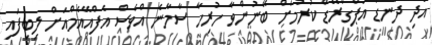
އަދި ދަނޑު އަޕްގްރޭޑް ކުރުމަށް ބޭނުންވާ ހުރިހާ ސާމާނެ އްވެސް އެފްއޭއެމްއަށް ލިބިފައި